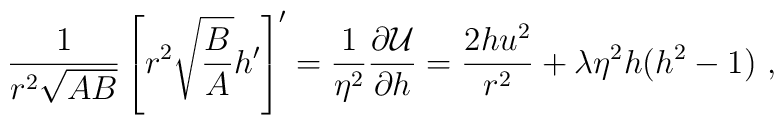
\frac1{r^2\sqrt{AB}}\left[r^2\sqrt{\frac BA}h'\right]'=\frac1{\eta^2}\frac{\partial {\cal U}}{\partial h}=\frac{2hu^2}{r^2}+\lambda\eta^2 h(h^2-1) \ ,